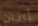
إيرين